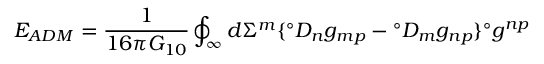
E _ { A D M } = \frac { 1 } { 1 6 \pi G _ { 1 0 } } \oint _ { \infty } d \Sigma ^ { m } \lbrace { } ^ { \circ } D _ { n } g _ { m p } - { } ^ { \circ } D _ { m } g _ { n p } \rbrace { } ^ { \circ } g ^ { n p }